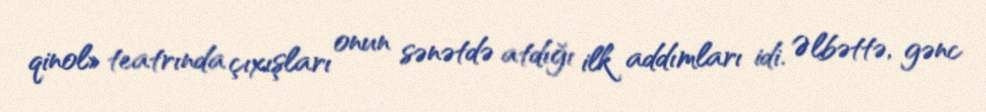
qinol» teatrında çıxışları onun sənətdə atdığı ilk addımları idi. Əlbəttə, gənc